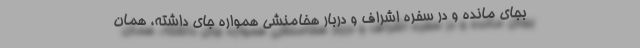
بجای مانده و در سفره اشراف و دربار هخامنشی همواره جای داشته، همان